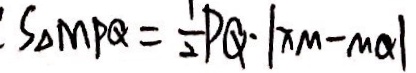
S _ { \Delta M P Q } = \frac { 1 } { 2 } P Q \cdot \vert X M - M Q \vert